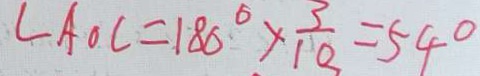
\angle A O C = 1 8 0 ^ { \circ } \times \frac { 3 } { 1 0 } = 5 4 ^ { \circ }